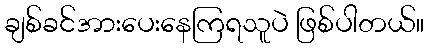
ချစ်ခင်အားပေးနေကြရသူပဲ ဖြစ်ပါတယ်။